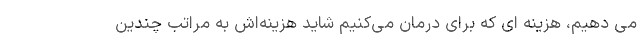
می دهیم، هزینه ای که برای درمان می‌کنیم شاید هزینه‌اش به مراتب چندین